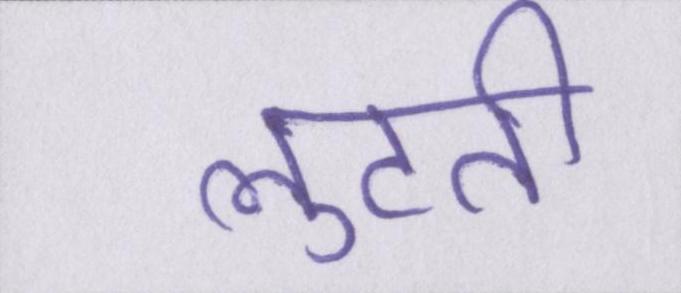
लुटती